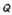
Text: Q